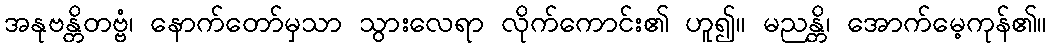
အနုဗန္တိတဗ္ဗံ၊ နောက်တော်မှသာ သွားလေရာ လိုက်ကောင်း၏ ဟူ၍။ မညန္တိ၊ အောက်မေ့ကုန်၏။